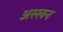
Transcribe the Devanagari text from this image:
अस्लन